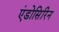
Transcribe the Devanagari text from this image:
एंडोसिरिन